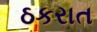
ઠકરાત